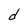
Character: d